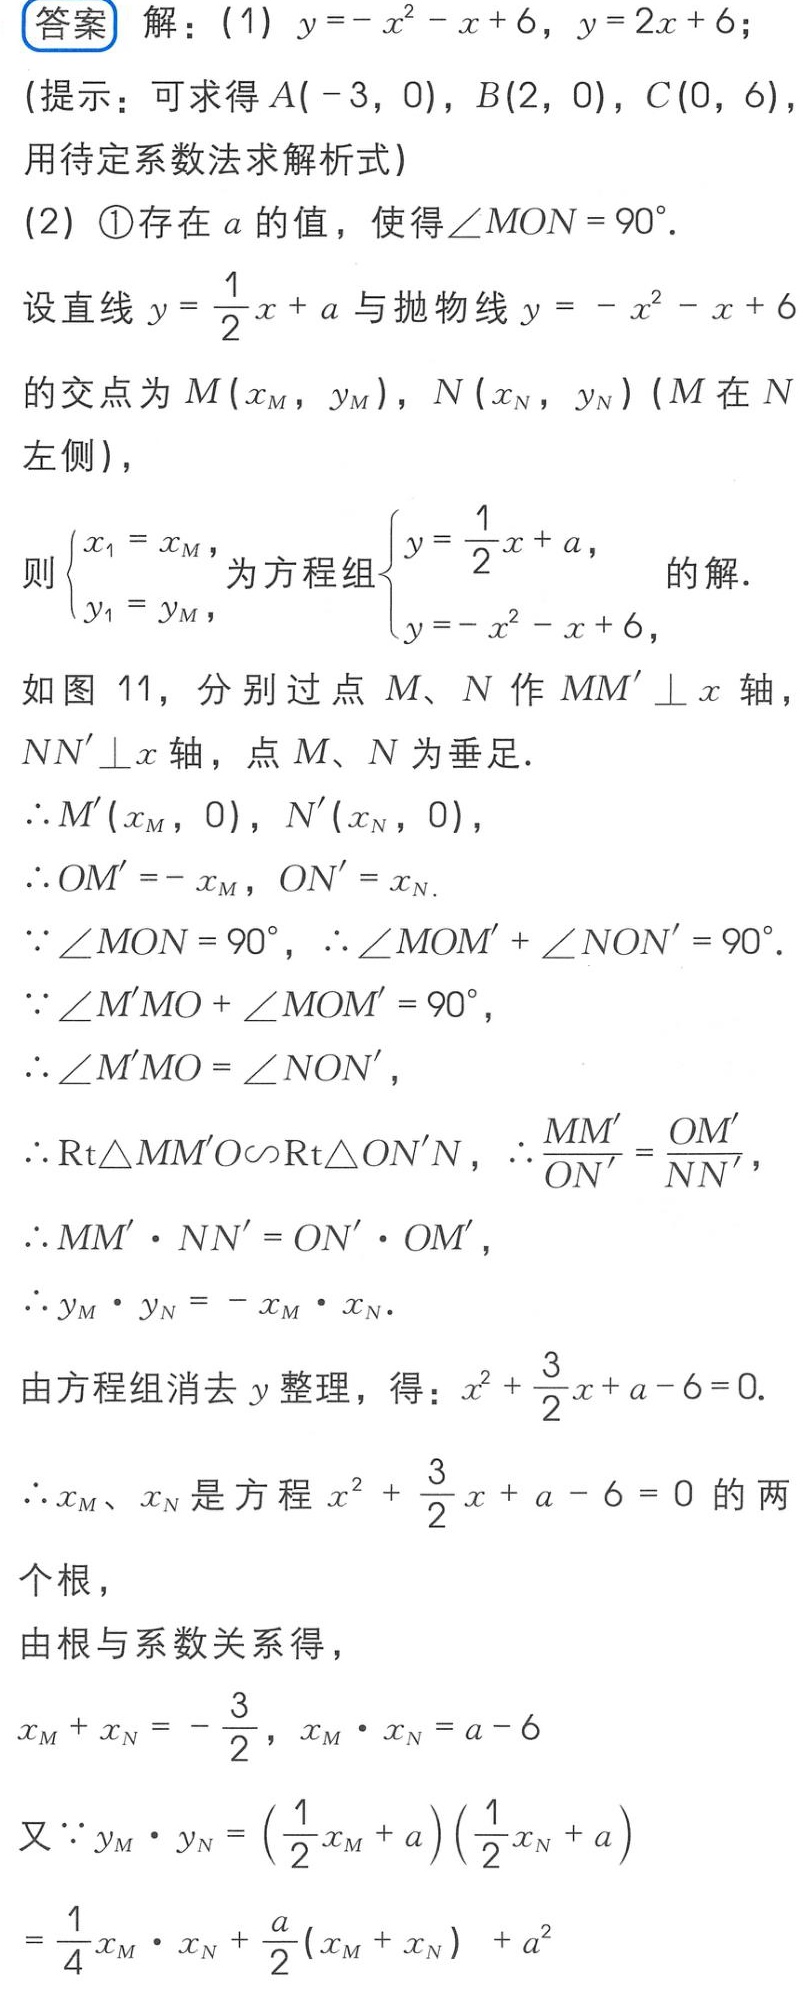
\begin{document}
答案 解：(1) \(y = -x^{2}-x + 6\)，\(y = 2x + 6\)；
(提示：可求得\(A(-3,0)\)，\(B(2,0)\)，\(C(0,6)\)，用待定系数法求解析式)
(2) \textcircled{1}存在\(a\)的值，使得\(\angle MON = 90^{\circ}\).
设直线\(y=\frac{1}{2}x + a\)与抛物线\(y=-x^{2}-x + 6\)的交点为\(M(x_{M},y_{M})\)，\(N(x_{N},y_{N})\) (\(M\)在\(N\)左侧)，
则\(\begin{cases}x_{1}=x_{M},\\y_{1}=y_{M},\end{cases}\)为方程组\(\begin{cases}y=\frac{1}{2}x + a,\\y=-x^{2}-x + 6,\end{cases}\)的解.
如图11，分别过点\(M\)、\(N\)作\(MM'\perp x\)轴，\(NN'\perp x\)轴，点\(M\)、\(N\)为垂足.
\(\therefore M'(x_{M},0)\)，\(N'(x_{N},0)\)，
\(\therefore OM'=-x_{M}\)，\(ON'=x_{N}\).
\(\because\angle MON = 90^{\circ}\)，\(\therefore\angle MOM'+\angle NON' = 90^{\circ}\).
\(\because\angle M'MO+\angle MOM' = 90^{\circ}\)，
\(\therefore\angle M'MO=\angle NON'\)，
\(\therefore\text{Rt}\triangle MM'O\sim\text{Rt}\triangle ON'N\)，\(\therefore\frac{MM'}{ON'}=\frac{OM'}{NN'}\)，
\(\therefore MM'\cdot NN' = ON'\cdot OM'\)，
\(\therefore y_{M}\cdot y_{N}=-x_{M}\cdot x_{N}\).
由方程组消去\(y\)整理，得：\(x^{2}+\frac{3}{2}x + a - 6 = 0\).
\(\therefore x_{M}\)、\(x_{N}\)是方程\(x^{2}+\frac{3}{2}x + a - 6 = 0\)的两个根，
由根与系数关系得，
\(x_{M}+x_{N}=-\frac{3}{2}\)，\(x_{M}\cdot x_{N}=a - 6\)
又\(\because y_{M}\cdot y_{N}=(\frac{1}{2}x_{M}+a)(\frac{1}{2}x_{N}+a)\)
\(=\frac{1}{4}x_{M}\cdot x_{N}+\frac{a}{2}(x_{M}+x_{N})+a^{2}\)
\end{document}